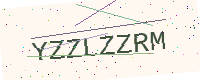
Text: YZZLZZRM